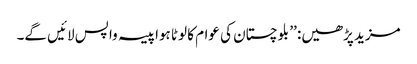
مزید پڑھیں: ’’ بلوچستان کی عوام کا لوٹا ہوا پیسہ واپس لائیں گے۔